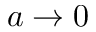
a \to 0